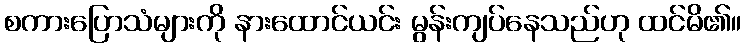
စကားပြောသံများကို နားထောင်ယင်း မွန်းကျပ်နေသည်ဟု ထင်မိ၏။